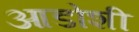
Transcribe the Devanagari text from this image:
आडोशी